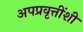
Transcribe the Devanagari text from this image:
अपप्रवृत्तींशी